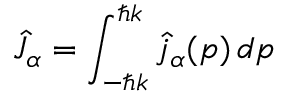
\hat { J } _ { \alpha } = \int _ { - \hbar k } ^ { \hbar k } \hat { j } _ { \alpha } ( p ) \, d p